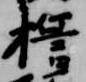
誓